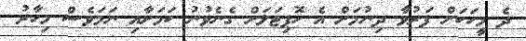
ދެ މީހަކަށް ފަރުވާ ދިނުމަށް އެ ހޮޕިޓަލަށް ގެނެވުނު ކަމަށާއި ނަމަވެސް މިހާރު